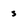
Character: s